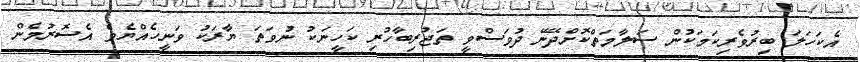
އެކަހަލަ ބިރުވެރިކަމަކުން ސަލާމަތްކޮށްދޭނޭ ދުވަސްވީ ތަޖުރިބާހުރި ކަހީނަކު ނުވަތަ ޔާރަކު ވަނީހެއްޔެވެ އެސޮރުމެން